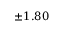
\pm 1 . 8 0